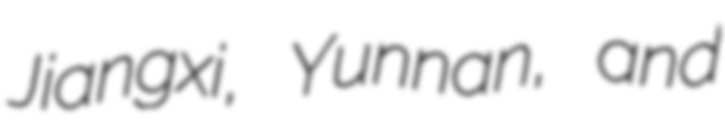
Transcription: Jiangxi, Yunnan, and